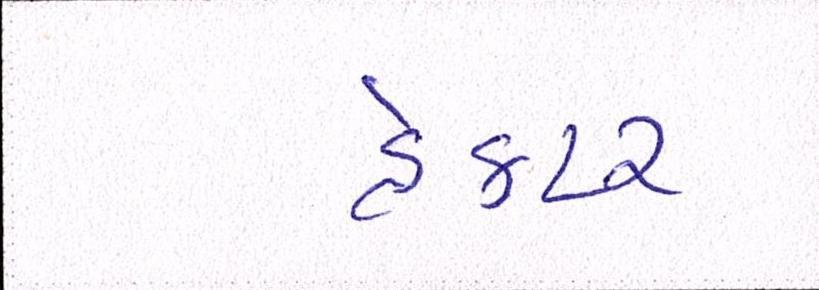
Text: હેક્ટર